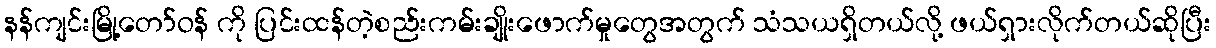
နန်ကျင်းမြို့တော်ဝန် ကို ပြင်းထန်တဲ့စည်းကမ်းချိုးဖောက်မှုတွေအတွက် သံသယရှိတယ်လို့ ဖယ်ရှားလိုက်တယ်ဆိုပြီး